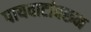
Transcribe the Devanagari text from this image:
पायवाटांवरून